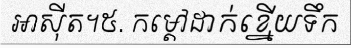
អាស៊ីត។៥. កម្តៅដាក់ខ្នើយទឹក